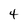
Character: 4